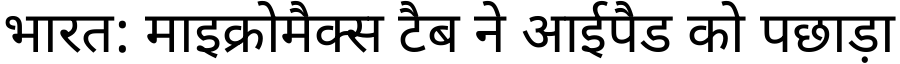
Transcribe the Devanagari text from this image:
भारत: माइक्रोमैक्स टैब ने आईपैड को पछाड़ा